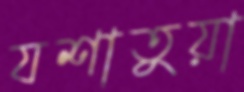
যশাতুয়া